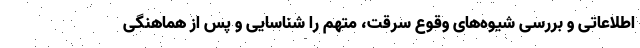
اطلاعاتی و بررسی شیوه‌های وقوع سرقت، متهم را شناسایی و پس از هماهنگی